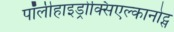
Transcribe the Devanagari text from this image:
पॉलीहाइड्रोक्सिएल्कानोट्स